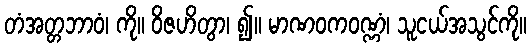
တံအတ္တဘာဝံ၊ ကို။ ဝိဇဟိတွာ၊ ၍။ မာဏဝကဝဏ္ဏံ၊ သူငယ်အသွင်ကို။